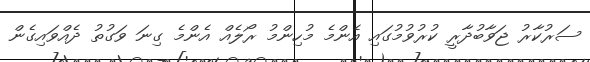
ސަރުކާރު ޖަވާބުދާރީ ކުރުވުމުގައި އެންމެ މުހިންމު ރޯލެއް އެންމެ ގިނަ ވަގުތު ދެއްވައިގެން